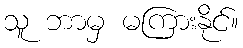
သူ ဘာမှ မကြားနိုင်။